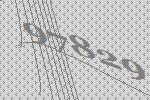
97829